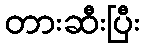
တားဆီးပြီး